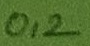
Text: 0,2